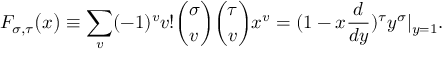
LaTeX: F _ { \sigma , \tau } \big ( x \big ) \equiv \sum _ { v } ( - 1 ) ^ { v } v ! { \binom { \sigma } { v } } { \binom { \tau } { v } } x ^ { v } = ( 1 - x { \frac { d } { d y } } ) ^ { \tau } y ^ { \sigma } | _ { y = 1 } .